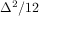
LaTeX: \Delta ^ { 2 } / 1 2